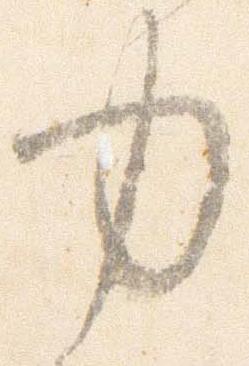
中